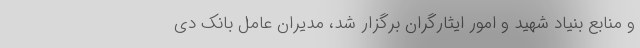
و منابع بنیاد شهید و امور ایثارگران برگزار شد، مدیران عامل بانک دی